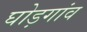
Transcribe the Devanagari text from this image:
घोड़गांव